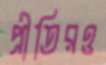
প্রীতিরও